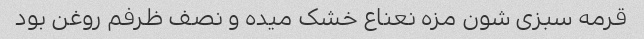
قرمه سبزی شون مزه نعناع خشک میده و نصف ظرفم روغن بود